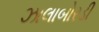
ઝાલાબોરડી